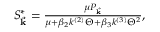
\begin{array} { r } { S _ { \vec { \mathbf { k } } } ^ { * } = \frac { { \mu } P _ { \vec { \mathbf { k } } } } { \mu + \beta _ { 2 } k ^ { ( 2 ) } \Theta + \beta _ { 3 } k ^ { ( 3 ) } \Theta ^ { 2 } } , } \end{array}